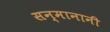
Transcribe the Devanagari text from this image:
सन्मानानी